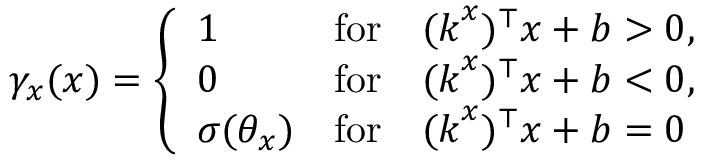
\gamma _ { x } ( \boldsymbol { x } ) = \left\{ \begin{array} { l l } { 1 } & { \mathrm { f o r } \quad ( \boldsymbol { k } ^ { x } ) ^ { \top } \boldsymbol { x } + b > 0 , } \\ { 0 } & { \mathrm { f o r } \quad ( \boldsymbol { k } ^ { x } ) ^ { \top } \boldsymbol { x } + b < 0 , } \\ { \sigma ( \theta _ { x } ) } & { \mathrm { f o r } \quad ( \boldsymbol { k } ^ { x } ) ^ { \top } \boldsymbol { x } + b = 0 } \end{array} \right.